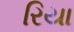
રિયા